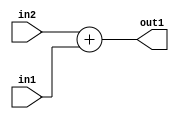
`timescale 1ps / 1ps
/*****************************************************************************
    Verilog RTL Description
    
    
    Created by: Stratus DpOpt 2019.1.01 
*******************************************************************************/

module DC_Filter_Add_12Ux1U_12U_4 (
	in2,
	in1,
	out1
	); /* architecture "behavioural" */ 
input [11:0] in2;
input  in1;
output [11:0] out1;
wire [11:0] asc001;

assign asc001 = 
	+(in2)
	+(in1);

assign out1 = asc001;
endmodule

/* CADENCE  urn3SAk= : u9/ySgnWtBlWxVPRXgAZ4Og= ** DO NOT EDIT THIS LINE ******/